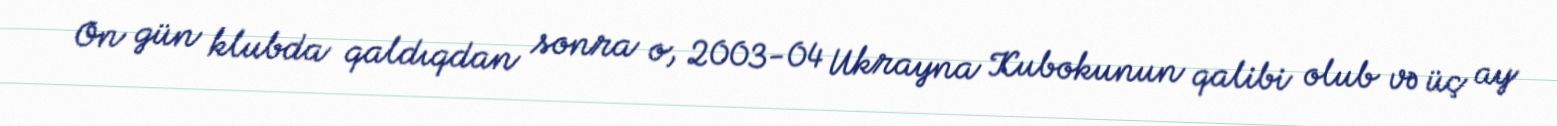
On gün klubda qaldıqdan sonra o, 2003-04 Ukrayna Kubokunun qalibi olub və üç ay